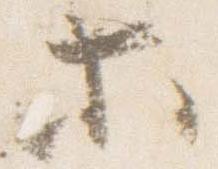
等